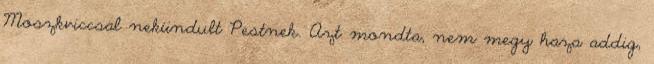
Moszkviccsal nekiindult Pestnek. Azt mondta, nem megy haza addig,